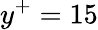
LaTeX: y^{+}=15